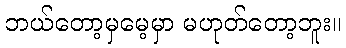
ဘယ်တော့မှမေ့မှာ မဟုတ်တော့ဘူး။